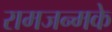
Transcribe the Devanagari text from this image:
रामजन्मके